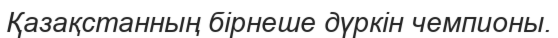
Қазақстанның бірнеше дүркін чемпионы.